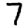
Digit: 7